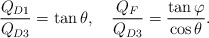
\begin{align*}\frac{Q_{D1}}{Q_{D3}}=\tan\theta, \ \ \ \frac{Q_{F}}{Q_{D3}}=\frac{\tan\varphi}{\cos\theta}.\end{align*}